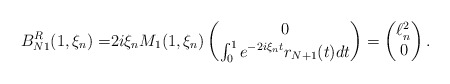
\begin{align*}B_{N1}^R(1,\xi_n)=&2i\xi_n M_1(1,\xi_n)\begin{pmatrix}0\\\int_0^1 e^{-2i\xi_nt}r_{N+1}(t)dt\end{pmatrix}=\begin{pmatrix}\ell^2_n\\ 0\end{pmatrix}.\end{align*}